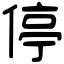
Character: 停